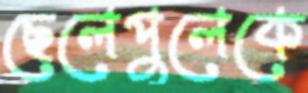
ছেলেপুলেকে